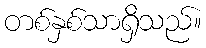
တစ်နှစ်သာရှိသည်။